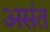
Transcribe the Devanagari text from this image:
असंत